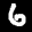
Label: 6